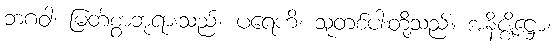
ဘဂဝါ၊ မြတ်စွာဘုရားသည်။ ပရေဟိ၊ သူတစ်ပါးတို့သည်။ အနိဇ္ဈိဋ္ဌော၊